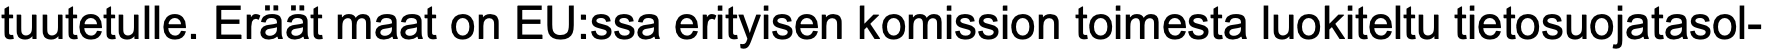
tuutetulle. Eräät maat on EU:ssa erityisen komission toimesta luokiteltu tietosuojatasol-